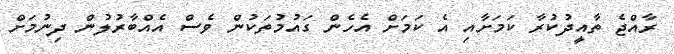
ރާއްޖެ ތާއީދުކުރާ ކަމަށާއި އެ ކަމަށް އެހެން ގައުމުތަކުން ވެސް އެއްބާރުލުން ދިނުމަށް